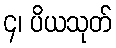
၄၊ ပိယသုတ်